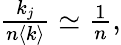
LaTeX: \begin{array}{r}{\frac{k_{j}}{n\langle k\rangle}\simeq\frac{1}{n},}\end{array}